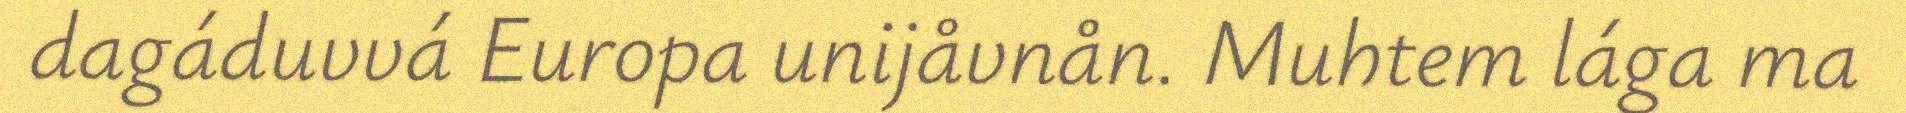
dagáduvvá Europa unijåvnån. Muhtem lága ma